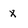
Character: x